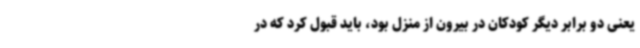
یعنی دو برابر دیگر کودکان در بیرون از منزل بود، باید قبول کرد که در